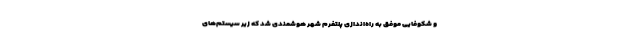
و شکوفایی موفق به راه‌اندازی پلتفرم شهر هوشمندی شد که زیر سیستم‌های